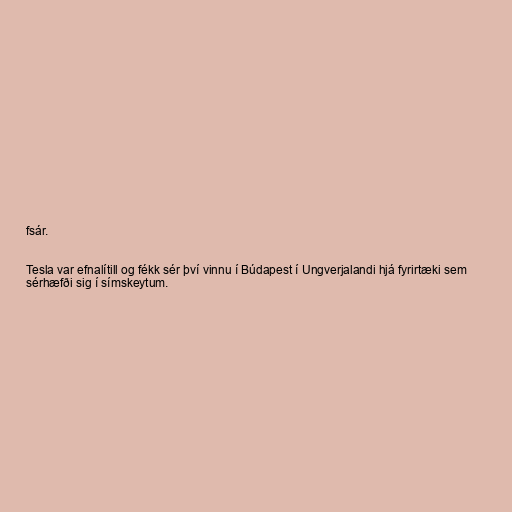
fsár.

Tesla var efnalítill og fékk sér því vinnu í Búdapest í Ungverjalandi hjá fyrirtæki sem
sérhæfði sig í símskeytum.